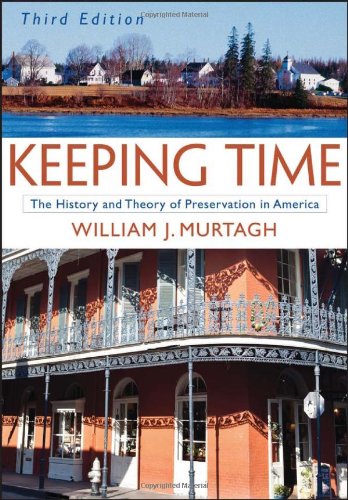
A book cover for Keeping Time: The History and Theory of Preservation in America; William J. Murtagh; Arts & Photography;